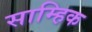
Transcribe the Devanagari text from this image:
साम्हिक